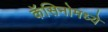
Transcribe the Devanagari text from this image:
कॅसिनोमध्ये